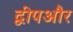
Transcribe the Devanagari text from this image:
द्वीपऔर